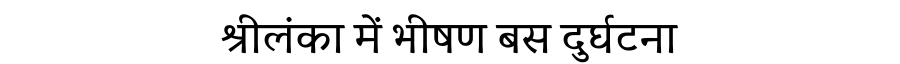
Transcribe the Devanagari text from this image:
श्रीलंका में भीषण बस दुर्घटना